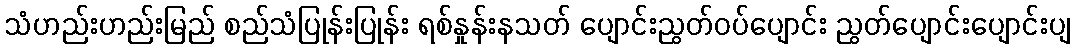
သံဟည်းဟည်းမြည် စည်သံပြုန်းပြုန်း ရစ်နှုန်းနသတ် ပျောင်းညွတ်ဝပ်ပျောင်း ညွတ်ပျောင်းပျောင်းပျ